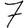
Digit: 7